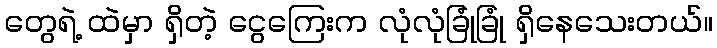
တွေရဲ့ ထဲမှာ ရှိတဲ့ ငွေကြေးက လုံလုံခြုံခြုံ ရှိနေသေးတယ်။